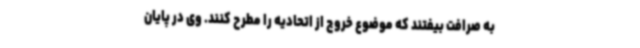
به صرافت بیفتند که موضوع خروج از اتحادیه را مطرح کنند. وی در پایان